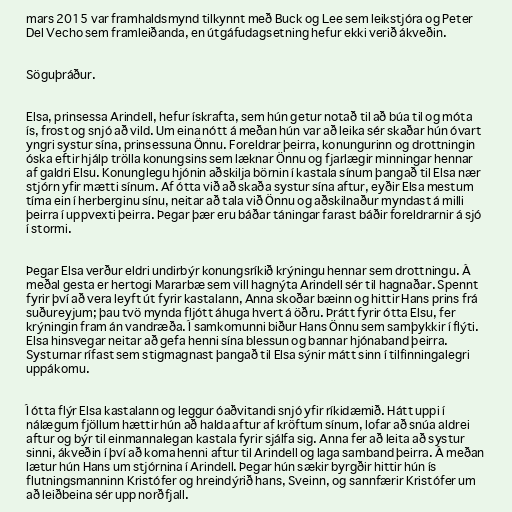
mars 2015 var framhaldsmynd tilkynnt með Buck og Lee sem leikstjóra og Peter
Del Vecho sem framleiðanda, en útgáfudagsetning hefur ekki verið ákveðin.

Söguþráður.

Elsa, prinsessa Arindell, hefur ískrafta, sem hún getur notað til að búa til og móta
ís, frost og snjó að vild. Um eina nótt á meðan hún var að leika sér skaðar hún óvart
yngri systur sína, prinsessuna Önnu. Foreldrar þeirra, konungurinn og drottningin
óska eftir hjálp trölla konungsins sem læknar Önnu og fjarlægir minningar hennar
af galdri Elsu. Konunglegu hjónin aðskilja börnin í kastala sínum þangað til Elsa nær
stjórn yfir mætti sínum. Af ótta við að skaða systur sína aftur, eyðir Elsa mestum
tíma ein í herberginu sínu, neitar að tala við Önnu og aðskilnaður myndast á milli
þeirra í uppvexti þeirra. Þegar þær eru báðar táningar farast báðir foreldrarnir á sjó
í stormi.

Þegar Elsa verður eldri undirbýr konungsríkið krýningu hennar sem drottningu. Á
meðal gesta er hertogi Mararbæ sem vill hagnýta Arindell sér til hagnaðar. Spennt
fyrir því að vera leyft út fyrir kastalann, Anna skoðar bæinn og hittir Hans prins frá
suðureyjum; þau tvö mynda fljótt áhuga hvert á öðru. Þrátt fyrir ótta Elsu, fer
krýningin fram án vandræða. Í samkomunni biður Hans Önnu sem samþykkir í flýti.
Elsa hinsvegar neitar að gefa henni sína blessun og bannar hjónaband þeirra.
Systurnar rífast sem stigmagnast þangað til Elsa sýnir mátt sinn í tilfinningalegri
uppákomu.

Í ótta flýr Elsa kastalann og leggur óaðvitandi snjó yfir ríkidæmið. Hátt uppi í
nálægum fjöllum hættir hún að halda aftur af kröftum sínum, lofar að snúa aldrei
aftur og býr til einmannalegan kastala fyrir sjálfa sig. Anna fer að leita að systur
sinni, ákveðin í því að koma henni aftur til Arindell og laga samband þeirra. Á meðan
lætur hún Hans um stjórnina í Arindell. Þegar hún sækir byrgðir hittir hún ís
flutningsmanninn Kristófer og hreindýrið hans, Sveinn, og sannfærir Kristófer um
að leiðbeina sér upp norðfjall.